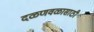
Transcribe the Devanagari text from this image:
दळणवळासाठी